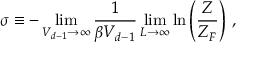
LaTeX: \sigma \equiv - \operatorname * { l i m } _ { V _ { d - 1 } \to \infty } \frac { 1 } { \beta V _ { d - 1 } } \operatorname * { l i m } _ { L \to \infty } \ln \left( \frac { Z } { Z _ { F } } \right) \, ,